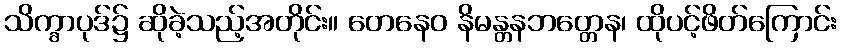
သိက္ခာပုဒ်၌ ဆိုခဲ့သည့်အတိုင်း။ တေနေဝ နိမန္တနဘတ္တေန၊ ထိုပင့်ဖိတ်ကြောင်း